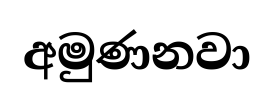
අමුණනවා